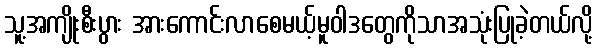
သူ့အကျိုးစီးပွား အားကောင်းလာစေမယ့်မူဝါဒတွေကိုသာအသုံးပြုခဲ့တယ်လို့